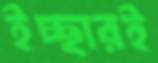
ইচ্ছারই